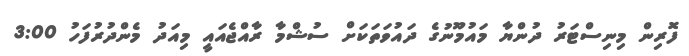
ފޮރިން މިނިސްޓަރު ދުންޔާ މައުމޫނުގެ ދައުވަތަކަށް ސުޝްމާ ރާއްޖެއައީ މިއަދު މެންދުރުފަހު 3:00